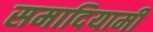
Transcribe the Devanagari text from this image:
समादियामी